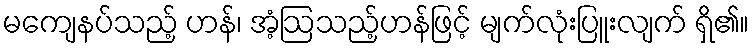
မကျေနပ်သည့် ဟန်၊ အံ့ဩသည့်ဟန်ဖြင့် မျက်လုံးပြူးလျက် ရှိ၏။